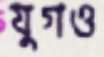
যুগও